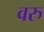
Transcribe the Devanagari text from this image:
वरु